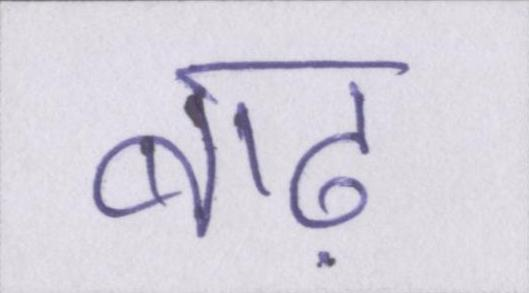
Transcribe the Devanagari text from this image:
बाढ़